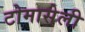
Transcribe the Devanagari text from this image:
टोमासेली